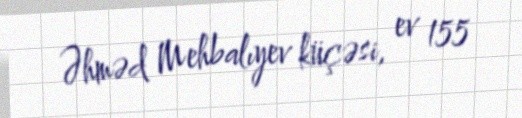
Əhməd Mehbalıyev küçəsi, ev 155